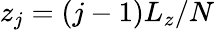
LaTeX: z_{j}=(j-1)L_{z}/N